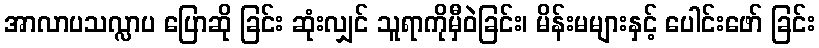
အာလာပသလ္လာပ ပြောဆို ခြင်း ဆုံးလျှင် သူရာကိုမှီဝဲခြင်း၊ မိန်းမများနှင့် ပေါင်းဖော် ခြင်း